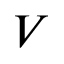
V